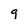
Character: 9